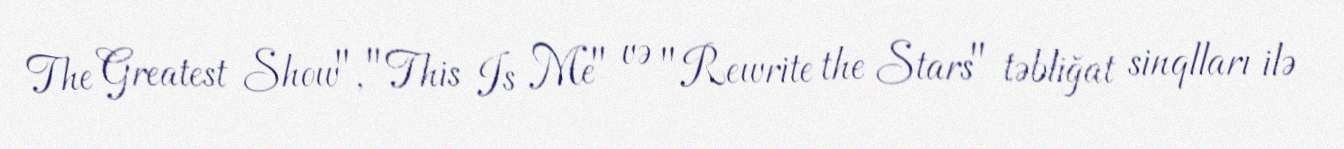
The Greatest Show", "This Is Me" və "Rewrite the Stars" təbliğat sinqlları ilə